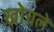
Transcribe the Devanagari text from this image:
खोचले